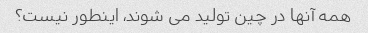
همه آنها در چین تولید می شوند، اینطور نیست؟